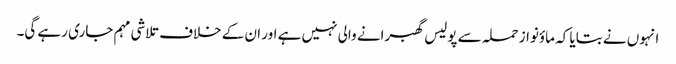
انہوں نے بتایا کہ ماؤنواز حملہ سے پولیس گھبرانے والی نہیں ہے اور ان کے خلاف تلاشی مہم جاری رہے گی۔